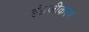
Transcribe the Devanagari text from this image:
इंग्रजीकरण